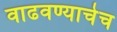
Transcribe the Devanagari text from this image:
वाढवण्याचेच